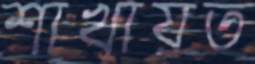
শাখায়ত